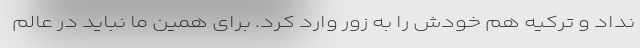
نداد و ترکیه هم خودش را به زور وارد کرد. برای همین ما نباید در عالم